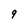
Character: 9